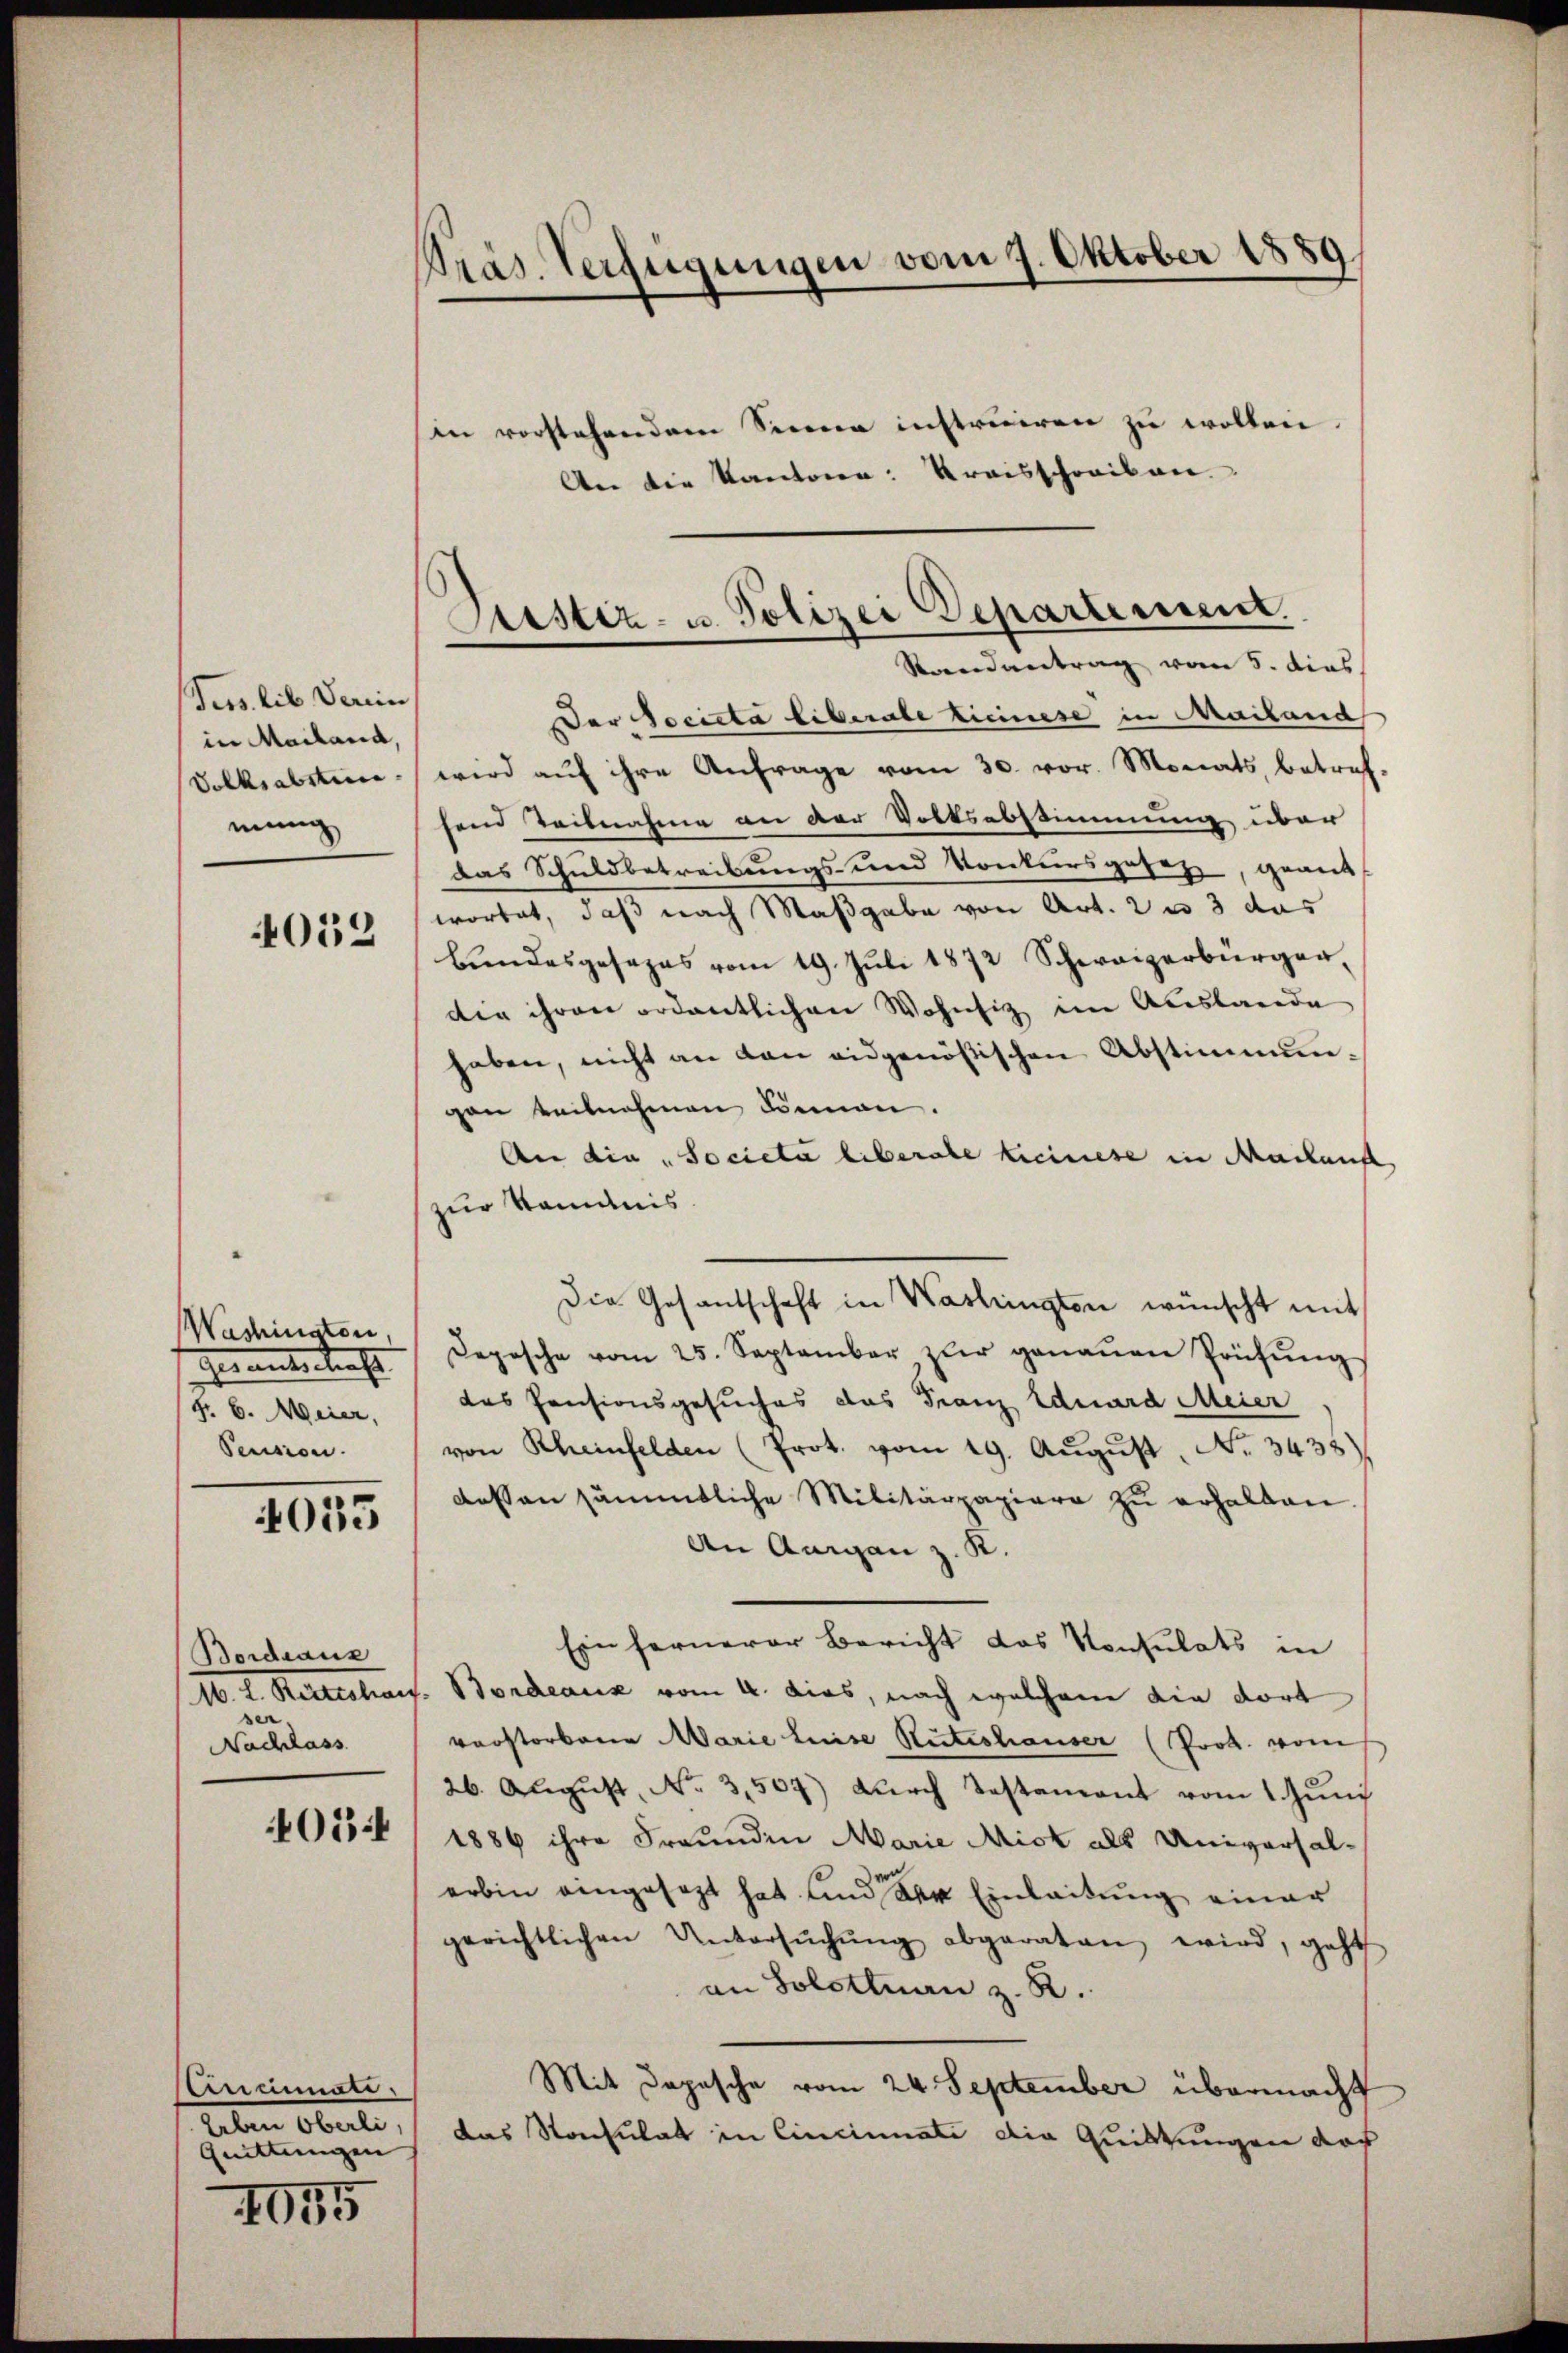
Pers. lib Verein
in Mailand,
Volksabstine
mung

4052

Washington
Genantschaft
fr. 6. Meier,
Pension.

4035

Bordeaus
10. d. Ketteten
ser.
Nachlass
405:

lenumer
Leben Oberli,
Quittungen

4055

Präs. Verfügungen vom 7. Oktober 1889

in vorstehendem Seeena instruiren zu wollen.
An die Kantone: Kreisschreiben.
Der Societa liberale Ticinese in Mailand
wird aŭf ihre Anfrage vom 30. vor. Monats, betref-
hend Teilnahme an der Volksabstimmung über
das Schuldbetreibungs- und Konkursgesetz geant
wortet, daß nach Maßgabe von Art. 2 u 3 das
bŭndesgesezes vom 19. Jŭli 1872 Schweizerbürger,
der ihren ordentlichen Wohnsiz im Auslande
haben, nicht an den eidgenößischen Abstimmungan teilnehmen können.
An die „societa liberale keinese in Markunft
zur Kenntnis
Die Gesantschaft in Washingten wünscht mit
Depesche vom 25. September zur genaŭen Prüfŭng
das Pensionsgesuches das Franz Eduard Meier
von Rheinfelden (Prot. vom 19. Aŭgŭst No. 3433)
dessen sämmtliche Militärpapiere zu erhalten.
An Augen z. K.
Ein fernerer Bericht das Konsulats in
l. Bordeaus vom 4. dies, nach welchem die dort
vorstorbene Marie leise Stuteshauser (Prok. vom
26. August, No. 3,507) durch Testament vom 1 Juni
1886 ihre Freunden Marie Mist als Universal-
erbin eingesezt hat und der Einleitung einer
gerichtlichen Untersŭchŭng abgeraten wird, geht
an Solotenan z. R.
Mit Depesche vom 24. September übermacht
das Konsulat in Cincinati die Quittungen der

Justiz- u. Polizei Departement.
Strandantrag vom 5. dies